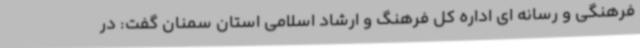
فرهنگی و رسانه ای اداره کل فرهنگ و ارشاد اسلامی استان سمنان گفت: در